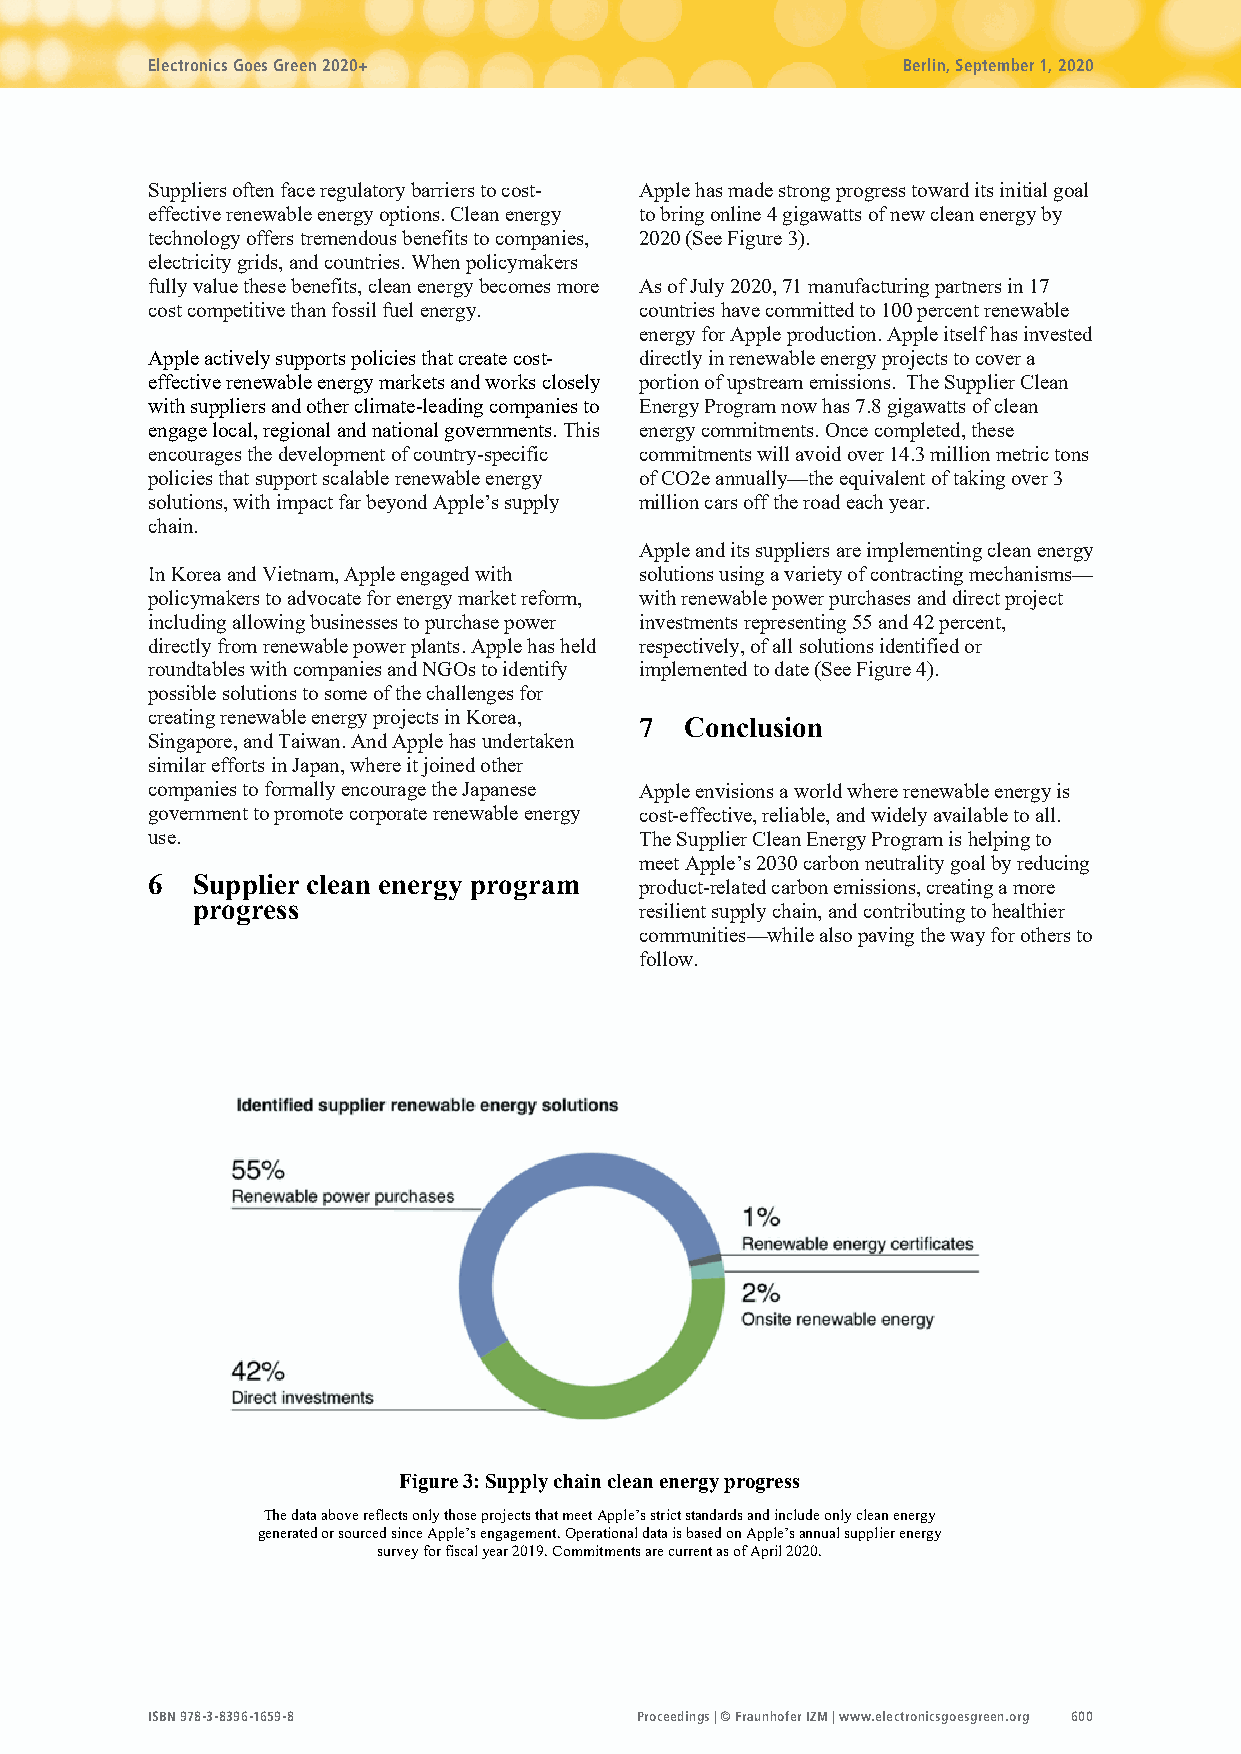
Electronics Goes Green 2020+                      Berlin, September 1, 2020
 Suppliers often face regulatory barriers to cost- Apple has made strong progress toward its initial goal
 effective renewable energy options. Clean energy to bring online 4 gigawatts of new clean energy by
 technology offers tremendous benefits to companies, 2020 (See Figure 3).
 electricity grids, and countries. When policymakers
 fully value these benefits, clean energy becomes more As of July 2020, 71 manufacturing partners in 17
 cost competitive than fossil fuel energy. countries have committed to 100 percent renewable
 energy for Apple production. Apple itself has invested
 Apple actively supports policies that create cost- directly in renewable energy projects to cover a
 effective renewable energy markets and works closely portion of upstream emissions. The Supplier Clean
 with suppliers and other climate-leading companies to Energy Program now has 7.8 gigawatts of clean
 engage local, regional and national governments. This energy commitments. Once completed, these
 encourages the development of country-specific commitments will avoid over 14.3 million metric tons
 policies that support scalable renewable energy of CO2e annually—the equivalent of taking over 3
 solutions, with impact far beyond Apple’s supply million cars off the road each year.
 chain.
 Apple and its suppliers are implementing clean energy
 In Korea and Vietnam, Apple engaged with solutions using a variety of contracting mechanisms—
 policymakers to advocate for energy market reform, with renewable power purchases and direct project
 including allowing businesses to purchase power investments representing 55 and 42 percent,
 directly from renewable power plants. Apple has held respectively, of all solutions identified or
 roundtables with companies and NGOs to identify implemented to date (See Figure 4).
 possible solutions to some of the challenges for
 creating renewable energy projects in Korea,
 7  Conclusion
 Singapore, and Taiwan. And Apple has undertaken
 similar efforts in Japan, where it joined other
 companies to formally encourage the Japanese Apple envisions a world where renewable energy is
 government to promote corporate renewable energy cost-effective, reliable, and widely available to all.
 use.                            The Supplier Clean Energy Program is helping to
 meet Apple’s 2030 carbon neutrality goal by reducing
 6  Supplier clean energy program product-related carbon emissions, creating a more
 progress                     resilient supply chain, and contributing to healthier
 communities—while also paving the way for others to
 follow.
 Figure 3: Supply chain clean energy progress
 The data above reflects only those projects that meet Apple’s strict standards and include only clean energy
 generated or sourced since Apple’s engagement. Operational data is based on Apple’s annual supplier energy
 survey for fiscal year 2019. Commitments are current as of April 2020.
 ISBN 978-3-8396-1659-8          Proceedings | © Fraunhofer IZM | www.electronicsgoesgreen.org 600